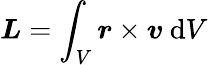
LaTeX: \boldsymbol{L}=\int_{V}\boldsymbol{r}\times\boldsymbol{v}\ \mathrm{d}V